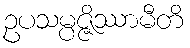
ဥပသမ္ပဇ္ဇိဿာမီတိ